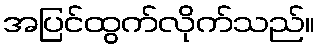
အပြင်ထွက်လိုက်သည်။